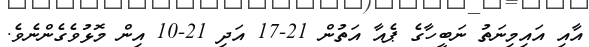
އާއި އައިމިނަތު ނަބީހާގެ ޕެއާ އަތުން 21-17 އަދި 21-10 އިން މޮޅުވެގެންނެވެ.